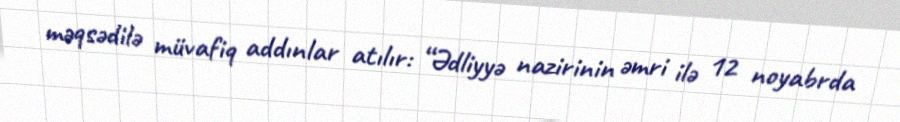
məqsədilə müvafiq addınlar atılır: “Ədliyyə nazirinin əmri ilə 12 noyabrda